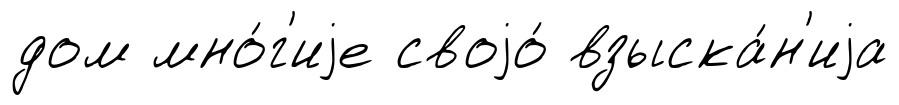
дом мно́г'иjе своjо́ взыска́н'иjа